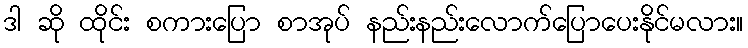
ဒါ ဆို ထိုင်း စကားပြော စာအုပ် နည်းနည်းလောက်ပြောပေးနိုင်မလား။